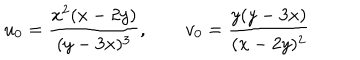
LaTeX: u _ { 0 } = \frac { x ^ { 2 } ( x - 2 y ) } { ( y - 3 x ) ^ { 3 } } , \qquad v _ { 0 } = \frac { y ( y - 3 x ) } { ( x - 2 y ) ^ { 2 } }